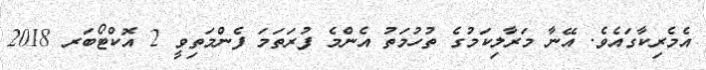
އެމެރިކާގައެވެ. އޭނާ މަރާލިކަމުގެ ތުހުމަތު އެންމެ ފުރަތަމަ ފެންމަތިވީ 2 އޮކްޓޯބަރ 2018